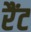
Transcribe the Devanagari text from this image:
रैंट